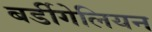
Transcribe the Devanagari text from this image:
बर्डीगेलियन